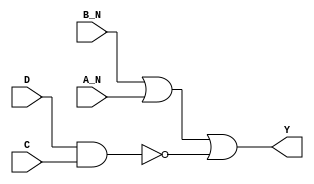
module sky130_fd_sc_hd__nand4bb_6 (
    Y  ,
    A_N,
    B_N,
    C  ,
    D
);
    output Y  ;
    input  A_N;
    input  B_N;
    input  C  ;
    input  D  ;
    wire nand0_out;
    wire or0_out_Y;
    nand nand0 (nand0_out, D, C               );
    or   or0   (or0_out_Y, B_N, A_N, nand0_out);
    buf  buf0  (Y        , or0_out_Y          );
endmodule